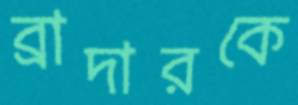
ব্রাদারকে